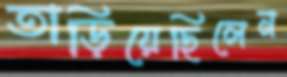
তাড়িয়েছিলেন